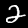
Label: 2